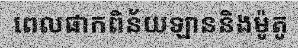
ពេលផាកពិន័យឡាននិងម៉ូតូ